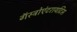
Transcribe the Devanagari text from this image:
गॅस्ट्रोएंटरायटिस